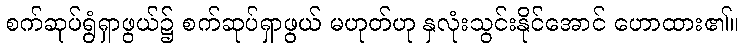
စက်ဆုပ်ရွံရှာဖွယ်၌ စက်ဆုပ်ရှာဖွယ် မဟုတ်ဟု နှလုံးသွင်းနိုင်အောင် ဟောထား၏။